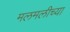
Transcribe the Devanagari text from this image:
मलमलीच्या